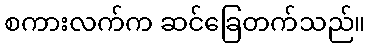
စကားလက်က ဆင်ခြေတက်သည်။